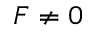
F \neq 0